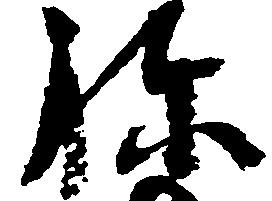
ね